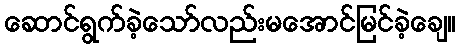
ဆောင်ရွက်ခဲ့သော်လည်းမအောင်မြင်ခဲ့ချေ။